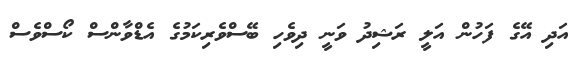
އަދި އޭގެ ފަހުން އަލީ ރަޝިދު ވަނީ ދިވެހި ބޭސްވެރިކަމުގެ އެޑްވާންސް ކޯސްވެސް